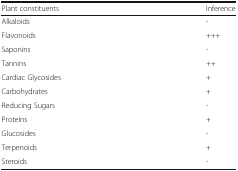
<table><thead><tr><td><b>Plant constituents</b></td><td><b>Inference</b></td></tr></thead><tbody><tr><td>Alkaloids</td><td>-</td></tr><tr><td>Flavonoids</td><td>+++</td></tr><tr><td>Saponins</td><td>-</td></tr><tr><td>Tannins</td><td>++</td></tr><tr><td>Cardiac Glycosides</td><td>+</td></tr><tr><td>Carbohydrates</td><td>+</td></tr><tr><td>Reducing Sugars</td><td>-</td></tr><tr><td>Proteins</td><td>+</td></tr><tr><td>Glucosides</td><td>-</td></tr><tr><td>Terpenoids</td><td>+</td></tr><tr><td>Steroids</td><td>-</td></tr></tbody></table>